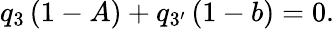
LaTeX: q_{3}\left(1-A\right)+q_{3^{\prime}}\left(1-b\right)=0.